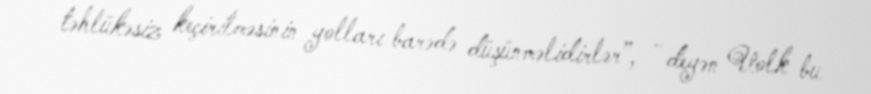
təhlükəsiz keçirilməsinin yolları barədə düşünməlidirlər”, - deyən Uolk bu